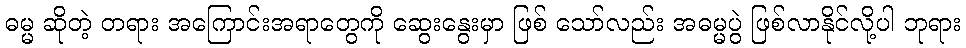
ဓမ္မ ဆိုတဲ့ တရား အကြောင်းအရာတွေကို ဆွေးနွေးမှာ ဖြစ် သော်လည်း အဓမ္မပွဲ ဖြစ်လာနိုင်လို့ပါ ဘုရား